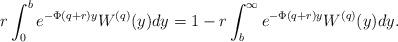
LaTeX: \begin{align*}r\int_0^{b}e^{-\Phi(q+r)y}W^{(q)}(y)dy=1-r\int_b^{\infty}e^{-\Phi(q+r)y}W^{(q)}(y)dy.\end{align*}